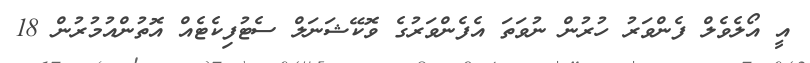
އީ އޯލެވެލް ފެންވަރު ހުރުން ނުވަތަ އެފެންވަރުގެ ވޮކޭޝަނަލް ސެޓުފިކެޓެއް އޮތުންއުމުރުން 18